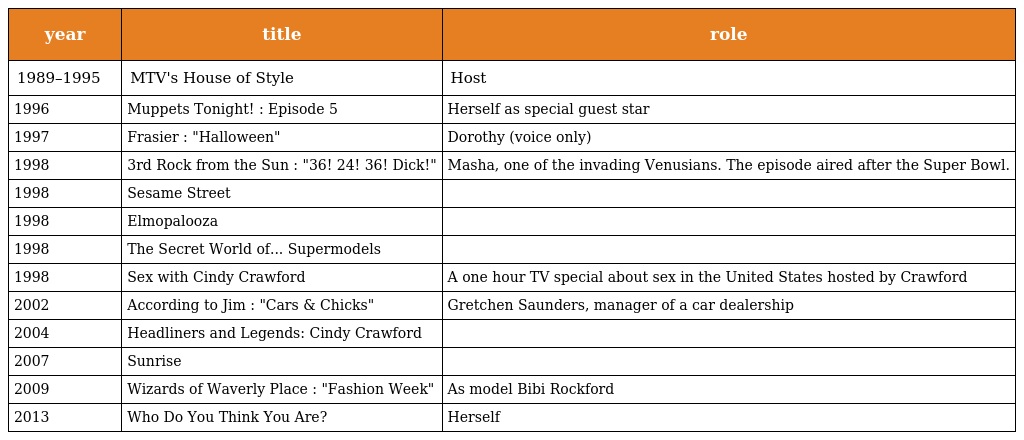
| year | title | role |
 | --- | --- | --- |
 | 1989–1995 | MTV's House of Style | Host |
 | 1996 | Muppets Tonight! : Episode 5 | Herself as special guest star |
 | 1997 | Frasier : "Halloween" | Dorothy (voice only) |
 | 1998 | 3rd Rock from the Sun : "36! 24! 36! Dick!" | Masha, one of the invading Venusians. The episode aired after the Super Bowl. |
 | 1998 | Sesame Street |  |
 | 1998 | Elmopalooza |  |
 | 1998 | The Secret World of... Supermodels |  |
 | 1998 | Sex with Cindy Crawford | A one hour TV special about sex in the United States hosted by Crawford |
 | 2002 | According to Jim : "Cars & Chicks" | Gretchen Saunders, manager of a car dealership |
 | 2004 | Headliners and Legends: Cindy Crawford |  |
 | 2007 | Sunrise |  |
 | 2009 | Wizards of Waverly Place : "Fashion Week" | As model Bibi Rockford |
 | 2013 | Who Do You Think You Are? | Herself |